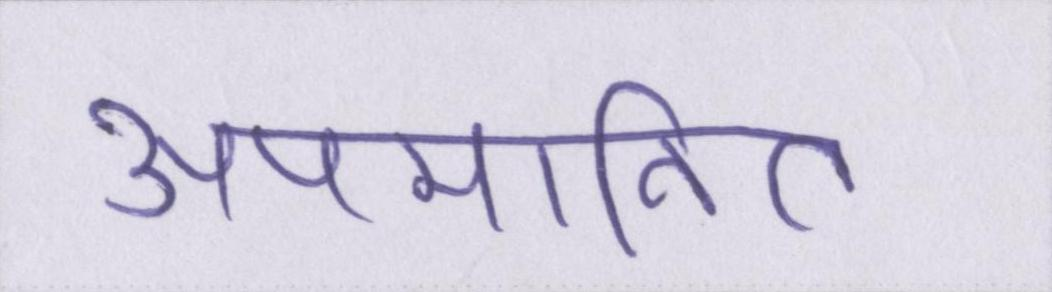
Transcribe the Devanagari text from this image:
अपमानित